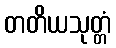
တတိယသုတ္တံ